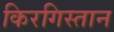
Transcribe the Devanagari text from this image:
किरगिस्तान